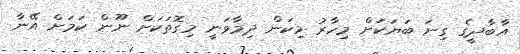
އާބާދީގެ ގިނަ ބަޔަކަށް މިހާރު މިކަން ދިމާވަނީ މިގޮތަކަށް ނޫން ކަމަށް އޭނާ